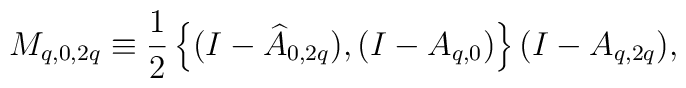
M_{q,0,2q}\equiv\frac{1}{2}\left\{ (I-\widehat{A}_{0,2q}),(I-A_{q,0})\right\} (I-A_{q,2q}),